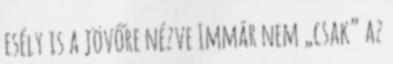
esély is a jövőre nézve Immár nem „csak” az